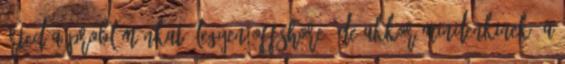
érted a problémánkat. Legyen offshore, de akkor mindenkinek. A